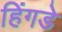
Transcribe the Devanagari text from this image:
हिंगडे